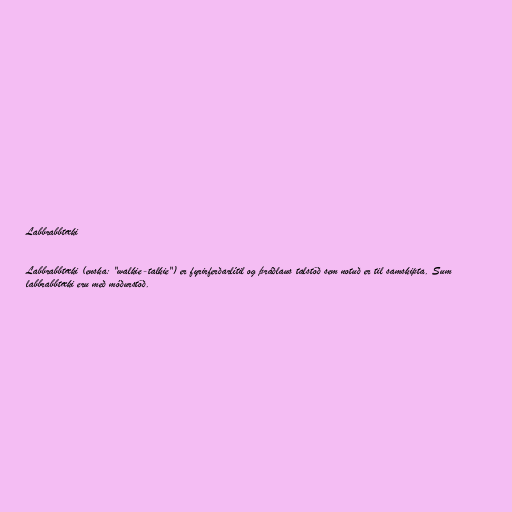
Labbrabbtæki

Labbrabbtæki (enska: "walkie-talkie") er fyrirferðarlítil og þráðlaus talstöð sem notuð er til samskipta. Sum
labbrabbtæki eru með móðurstöð.